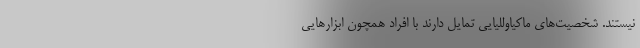
نیستند. شخصیت‌های ماکیاوللیایی تمایل دارند با افراد همچون ابزارهایی